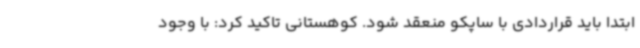
ابتدا باید قراردادی با ساپکو منعقد شود. کوهستانی تاکید کرد: با وجود